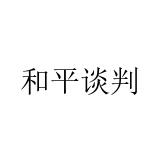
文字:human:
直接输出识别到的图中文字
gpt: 和平谈判